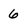
Character: 6